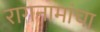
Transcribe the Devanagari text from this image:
रागनामांचा